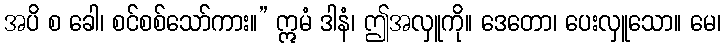
အပိ စ ခေါ၊ စင်စစ်သော်ကား။” ဣမံ ဒါနံ၊ ဤအလှူကို။ ဒေတော၊ ပေးလှူသော။ မေ၊